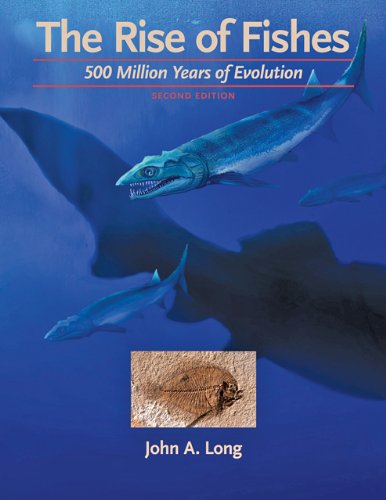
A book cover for The Rise of Fishes: 500 Million Years of Evolution; John A. Long; Science & Math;